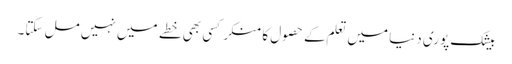
بیشک پوری دنیا میں تعلم کے حصول کا منکر کسی بھی خطے میں نہیں مل سکتا۔